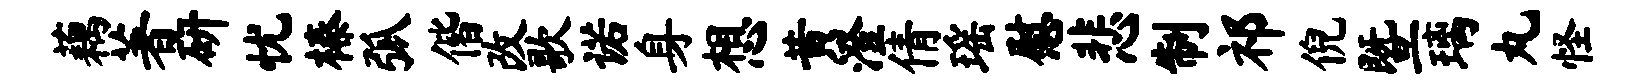
藕著研忧榛弧偕改歌诺身想黄澄倩瑶慰悲制祁倪暨璃丸怪